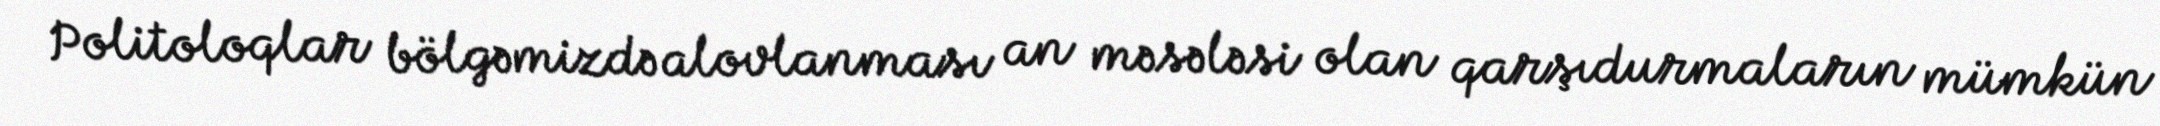
Politoloqlar bölgəmizdə alovlanması an məsələsi olan qarşıdurmaların mümkün